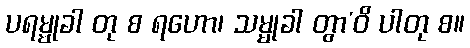
ပရမ္မုခါ တု စ ရဟော၊ သမ္မုခါ တွာ’ဝိ ပါတု စ။